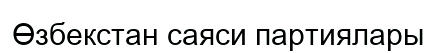
Өзбекстан саяси партиялары